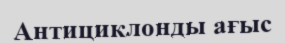
Антициклонды ағыс